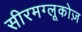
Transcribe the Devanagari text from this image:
सीरमग्लूकोज़